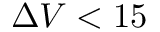
\Delta V < 1 5